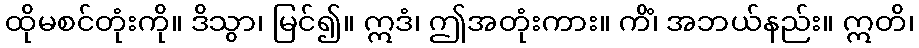
ထိုမစင်တုံးကို။ ဒိသွာ၊ မြင်၍။ ဣဒံ၊ ဤအတုံးကား။ ကိံ၊ အဘယ်နည်း။ ဣတိ၊